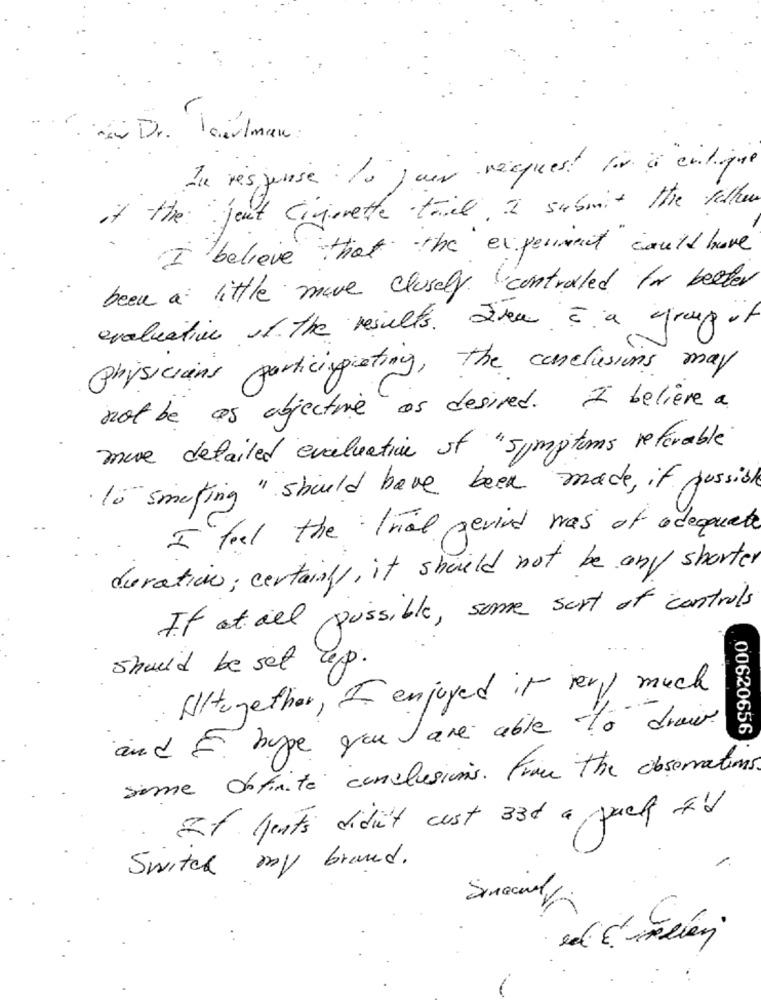
Dr. Paulman :
In response : la jour request to à cilque
if the jent Cinerette till I submit the walker
I believe that the experiment could have
been a little more closely controlled for better
evaluation of the results. Ihen I a group of
Physicians participating, the conclusions may
not be as objective as desired . I believe a
more detailed evaluation of "symptoms referable"
to smoking " should have been made, if possible
I feel the Trial gevind was of adequate
duration; certainly, it should not be any shorter
If at all possible, some sort of controls
should be set up.
Altogether, I enjoyed it very much
and F. hype you are able to draw.
00620656
some Offinite conclusions . From the observations
. If Heuts didn't cust 330 a pack I'd
Switch my brand.
Sinacialy